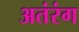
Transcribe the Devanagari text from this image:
अतंरंग